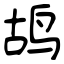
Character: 鸪